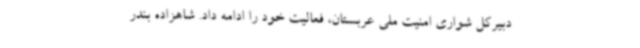
دبیرکل شواری امنیت ملی عربستان، فعالیت خود را ادامه داد. شاهزاده بندر